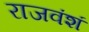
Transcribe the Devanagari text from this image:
राजवंशं